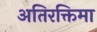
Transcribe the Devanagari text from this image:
अतिरक्तिमा